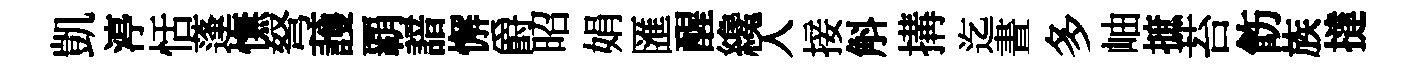
凱渟恬蓬憮弩䕶覇諳懈爵昭娟匯醒纔入接斛搆迄晝多岫摭苔飭族撻